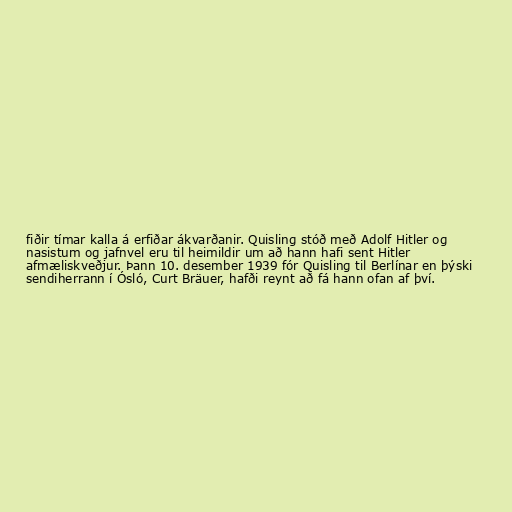
fiðir tímar kalla á erfiðar ákvarðanir. Quisling stóð með Adolf Hitler og
nasistum og jafnvel eru til heimildir um að hann hafi sent Hitler
afmæliskveðjur. Þann 10. desember 1939 fór Quisling til Berlínar en þýski
sendiherrann í Ósló, Curt Bräuer, hafði reynt að fá hann ofan af því.